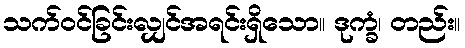
သက်ဝင်ခြင်းလျှင်အရင်းရှိသော။ ဒုက္ခံ၊ တည်း။